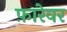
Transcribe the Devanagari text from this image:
फ़ारेवर